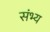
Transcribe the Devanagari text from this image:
संभ्य